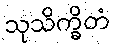
သုသိက္ခိတံ